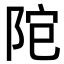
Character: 𨹕